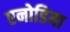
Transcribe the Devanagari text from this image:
एनोडिया